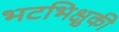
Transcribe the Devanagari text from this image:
भटभिक्षुकी